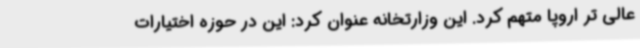
عالی تر اروپا متهم کرد. این وزارتخانه عنوان کرد: این در حوزه اختیارات